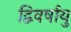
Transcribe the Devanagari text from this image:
द्विवर्षायु